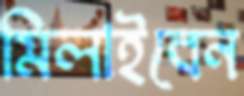
মিলাইবেন